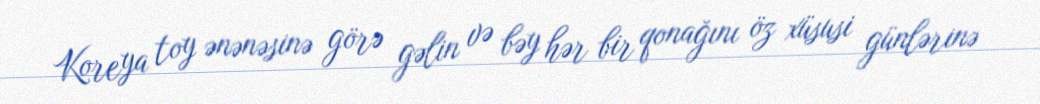
Koreya toy ənənəsinə görə gəlin və bəy hər bir qonağını öz xüsusi günlərinə